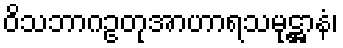
ဝိသဘာဂဥတုအာဟာရသမုဋ္ဌာနံ၊